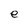
Character: e